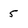
Character: 5